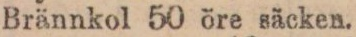
Brännkol 50 öre säcken.